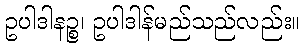
ဥပါဒါနဉ္စ၊ ဥပါဒါန်မည်သည်လည်း။